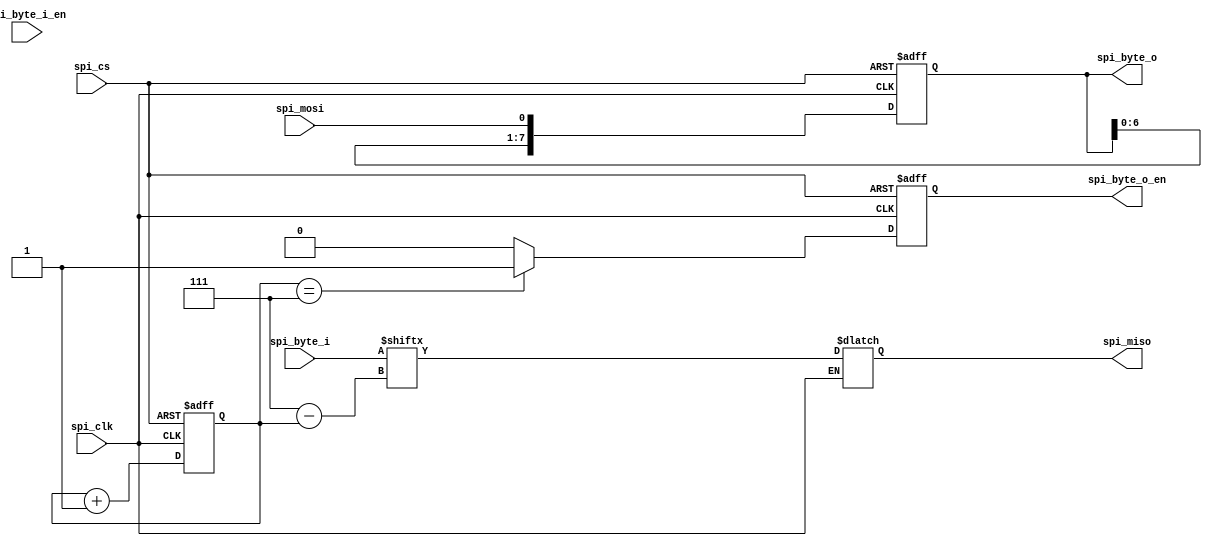
/*
 *
 */

`timescale 1 ns/ 1 ns
module spi_phy(
    input  wire spi_cs,
    input  wire spi_clk,
    input  wire spi_mosi,
    output reg  spi_miso,

    output reg        spi_byte_o_en,
    output reg  [7:0] spi_byte_o,
    input  wire       spi_byte_i_en,
    input  wire [7:0] spi_byte_i
);

// serial transfer index counter
reg [2:0] spi_bit_cnt;
always @(posedge spi_cs or posedge spi_clk) begin
    if (spi_cs)
        spi_bit_cnt <= 'd0;
    else
        spi_bit_cnt <= spi_bit_cnt + 'd1;
end

// serial transfer 8bit done
always @(posedge spi_cs or posedge spi_clk) begin
    if (spi_cs)
        spi_byte_o_en <= 1'b0;
    else if (spi_bit_cnt=='d7)
        spi_byte_o_en <= 1'b1;
    else
        spi_byte_o_en <= 1'b0;
end

// serial transfer 8bit data input
always @(posedge spi_cs or posedge spi_clk) begin
    if (spi_cs)
        spi_byte_o <= 8'd0;
    else
        spi_byte_o <= {spi_byte_o[6:0], spi_mosi};
end



// serial transfer 8bit data output
always @(*) begin  // intented to be a latch
    if (!spi_clk)
        spi_miso <= spi_byte_i[7-spi_bit_cnt[2:0]];
end

endmodule